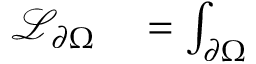
\begin{array} { r l } { \mathcal { L } _ { \partial \Omega } } & { { } = \int _ { \partial \Omega } } \end{array}